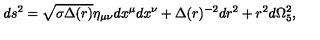
d s ^ { 2 } = \sqrt { \sigma \Delta ( r ) } \eta _ { \mu \nu } d x ^ { \mu } d x ^ { \nu } + \Delta ( r ) ^ { - 2 } d r ^ { 2 } + r ^ { 2 } d \Omega _ { 5 } ^ { 2 } ,